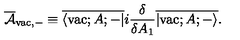
\overline { { \cal A } } _ { \mathrm { v a c } , - } \equiv \overline { { \langle \mathrm { v a c } ; A ; - | } } i \frac { \delta } { \delta A _ { 1 } } \overline { { | \mathrm { v a c } ; A ; - \rangle } } .